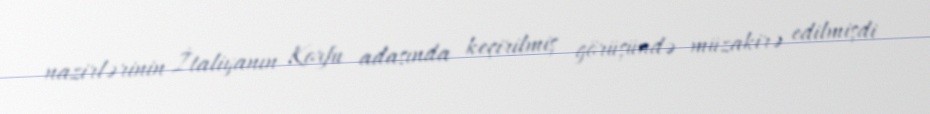
nazirlərinin İtaliyanın Korfu adasında keçirilmiş görüşündə müzakirə edilmişdi